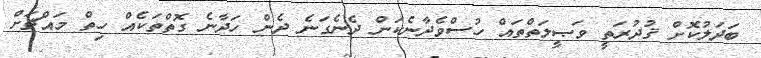
ބަދަލުކޮށް ޤުދުރަތީ ވަޞީލަތްތައް ހުސްވެދާނެކަން ދެނެގަނެ ދެން ހަދާނެ ގޮތްތަކެއް ހިތް މައްޗަށް